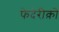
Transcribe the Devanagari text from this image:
फेदेरीक़ो